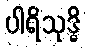
ပါရိသုဒ္ဓိ